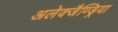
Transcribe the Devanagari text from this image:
अलेक्जैण्ड्रिया